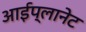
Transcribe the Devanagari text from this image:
आईप्लानेट